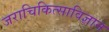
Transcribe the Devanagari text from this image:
जराचिकित्साविज्ञान